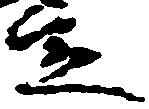
定